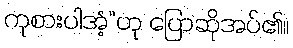
ကုစားပါအံ့”ဟု ပြောဆိုအပ်၏။